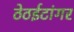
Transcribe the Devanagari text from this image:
ठेठईटांगर